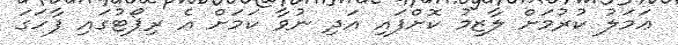
ޢަމަލު ކުރުމަށް ލާޒިމު ކޮށްފައި އަދި ނުވާ ކަމަށް އެ ރިޕޯޓުގައި ފާހަގަ